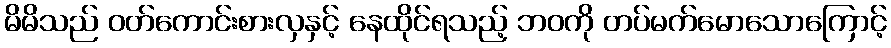
မိမိသည် ဝတ်ကောင်းစားလှနှင့် နေထိုင်ရသည့် ဘဝကို တပ်မက်မောသောကြောင့်